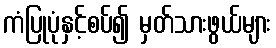
ကံပြုပုံနှင့်စပ်၍ မှတ်သားဖွယ်များ